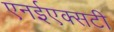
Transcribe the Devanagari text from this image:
एनईएक्सटी